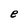
Character: e